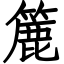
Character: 簏